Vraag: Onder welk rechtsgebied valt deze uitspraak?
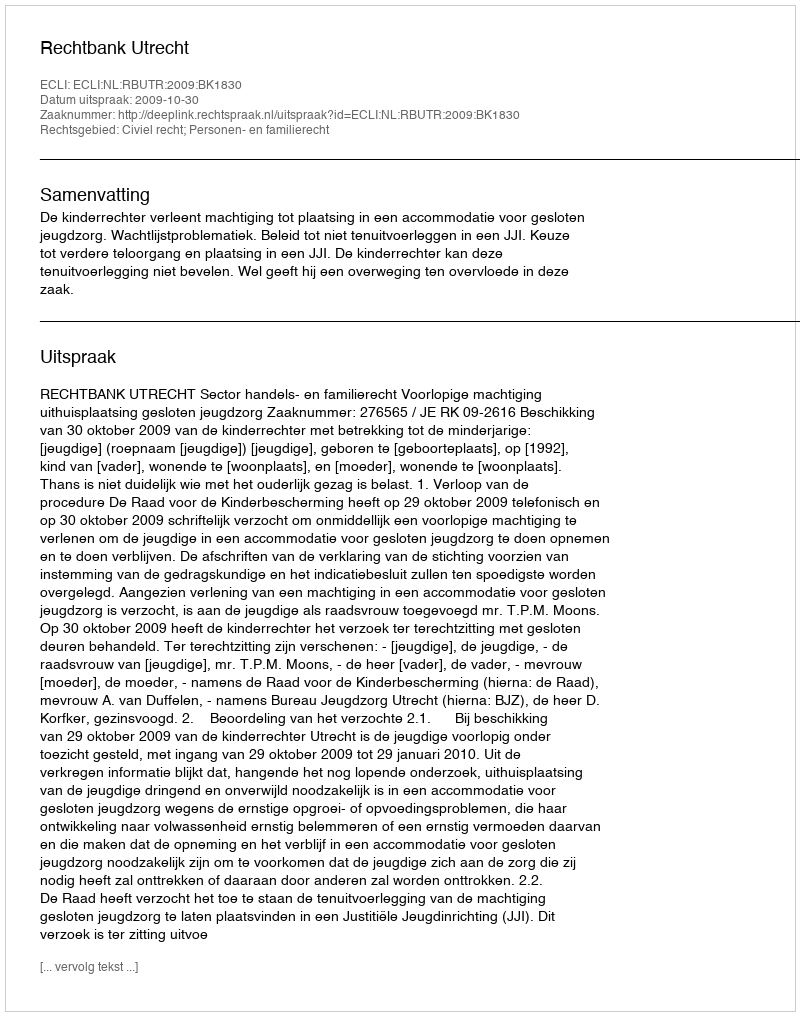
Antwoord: Civiel recht; Personen- en familierecht